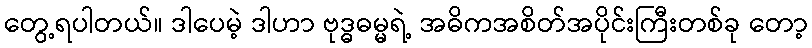
တွေ့ရပါတယ်။ ဒါပေမဲ့ ဒါဟာ ဗုဒ္ဓဓမ္မရဲ့ အဓိကအစိတ်အပိုင်းကြီးတစ်ခု တော့